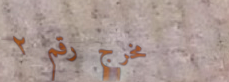
مخرج رقم ٢